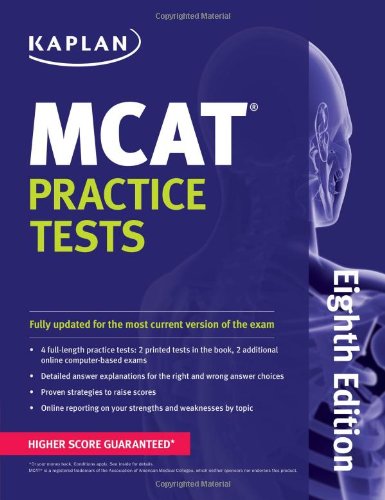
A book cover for Kaplan MCAT Practice Tests (Kaplan Test Prep); Kaplan; Test Preparation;